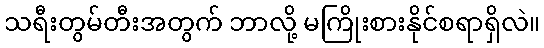
သရီးတွမ်တီးအတွက် ဘာလို့ မကြိုးစားနိုင်စရာရှိလဲ။